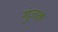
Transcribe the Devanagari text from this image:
गुंजक